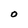
Character: O